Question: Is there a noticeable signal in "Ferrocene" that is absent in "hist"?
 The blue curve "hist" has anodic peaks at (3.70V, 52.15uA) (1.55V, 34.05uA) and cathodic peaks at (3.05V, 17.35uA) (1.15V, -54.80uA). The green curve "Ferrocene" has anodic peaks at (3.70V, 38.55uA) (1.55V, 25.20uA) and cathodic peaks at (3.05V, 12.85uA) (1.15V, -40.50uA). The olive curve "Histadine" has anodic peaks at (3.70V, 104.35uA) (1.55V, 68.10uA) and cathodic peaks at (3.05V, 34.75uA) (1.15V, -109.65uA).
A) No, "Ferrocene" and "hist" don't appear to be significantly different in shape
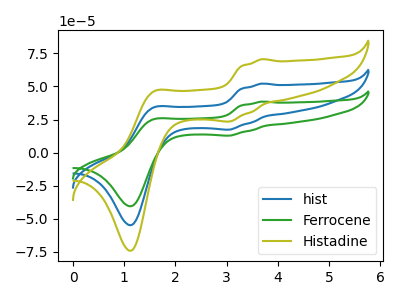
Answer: <think>All the peaks in "Ferrocene" have a peak in "hist" at the same potential.
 </think>
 <answer>A) No, "Ferrocene" and "hist" don't appear to be significantly different in shape</answer>
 <eval>A</eval>